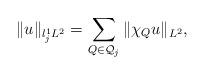
LaTeX: \begin{align*}\| u\|_{l^1_j L^2} = \sum_{Q \in \mathcal{Q}_{j}} \| \chi_Q u\|_{L^2},\end{align*}